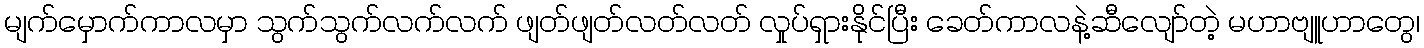
မျက်မှောက်ကာလမှာ သွက်သွက်လက်လက် ဖျတ်ဖျတ်လတ်လတ် လှုပ်ရှားနိုင်ပြီး ခေတ်ကာလနဲ့ဆီလျော်တဲ့ မဟာဗျူဟာတွေ၊